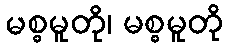
မစ္စမူတို၊ မစ္စမူတို